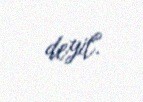
deyil.